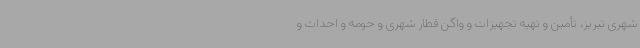
شهری تبریز، تأمین و تهیه تجهیزات و واگن قطار شهری و حومه و احداث و